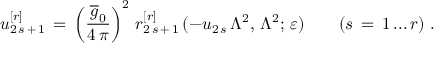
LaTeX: u _ { 2 \, s \, + \, 1 } ^ { [ r ] } \, = \, \left( \frac { \overline { { { g } } } _ { 0 } } { 4 \, \pi } \right) ^ { 2 } \, r _ { 2 \, s \, + \, 1 } ^ { [ r ] } \, ( - u _ { 2 \, s } \, \Lambda ^ { 2 } , \, \Lambda ^ { 2 } ; \, \varepsilon ) \qquad ( s \, = \, 1 \, . . . \, r ) \, \, .